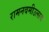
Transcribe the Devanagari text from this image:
रामनवमीउत्सव